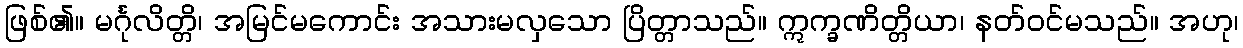
ဖြစ်၏။ မင်္ဂုလိတ္တိ၊ အမြင်မကောင်း အသားမလှသော ပြိတ္တာသည်။ ဣက္ခဏိတ္တိယာ၊ နတ်ဝင်မသည်။ အဟု၊